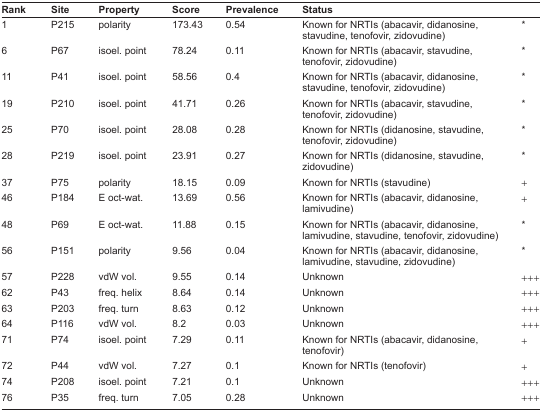
| Rank | Site | Property | Score | Prevalence | Status |  |
 | --- | --- | --- | --- | --- | --- | --- |
 | 1 | P215 | polarity | 173.43 | 0.54 | Known for NRTIs (abacavir, didanosine, stavudine, tenofovir, zidovudine) | * |
 | 6 | P67 | isoel. point | 78.24 | 0.11 | Known for NRTIs (abacavir, stavudine, tenofovir, zidovudine) | * |
 | 11 | P41 | isoel. point | 58.56 | 0.4 | Known for NRTIs (abacavir, didanosine, stavudine, tenofovir, zidovudine) | * |
 | 19 | P210 | isoel. point | 41.71 | 0.26 | Known for NRTIs (abacavir, stavudine, tenofovir, zidovudine) | * |
 | 25 | P70 | isoel. point | 28.08 | 0.28 | Known for NRTIs (didanosine, stavudine, tenofovir, zidovudine) | * |
 | 28 | P219 | isoel. point | 23.91 | 0.27 | Known for NRTIs (didanosine, stavudine, zidovudine) | * |
 | 37 | P75 | polarity | 18.15 | 0.09 | Known for NRTIs (stavudine) | + |
 | 46 | P184 | E oct-wat. | 13.69 | 0.56 | Known for NRTIs (abacavir, didanosine, lamivudine) | + |
 | 48 | P69 | E oct-wat. | 11.88 | 0.15 | Known for NRTIs (abacavir, didanosine, lamivudine, stavudine, tenofovir, zidovudine) | * |
 | 56 | P151 | polarity | 9.56 | 0.04 | Known for NRTIs (abacavir, didanosine, lamivudine, stavudine, zidovudine) | * |
 | 57 | P228 | vdW vol. | 9.55 | 0.14 | Unknown | +++ |
 | 62 | P43 | freq. helix | 8.64 | 0.14 | Unknown | +++ |
 | 63 | P203 | freq. turn | 8.63 | 0.12 | Unknown | +++ |
 | 64 | P116 | vdW vol. | 8.2 | 0.03 | Unknown | +++ |
 | 71 | P74 | isoel. point | 7.29 | 0.11 | Known for NRTIs (abacavir, didanosine, tenofovir) | + |
 | 72 | P44 | vdW vol. | 7.27 | 0.1 | Known for NRTIs (tenofovir) | + |
 | 74 | P208 | isoel. point | 7.21 | 0.1 | Unknown | +++ |
 | 76 | P35 | freq. turn | 7.05 | 0.28 | Unknown | +++ |